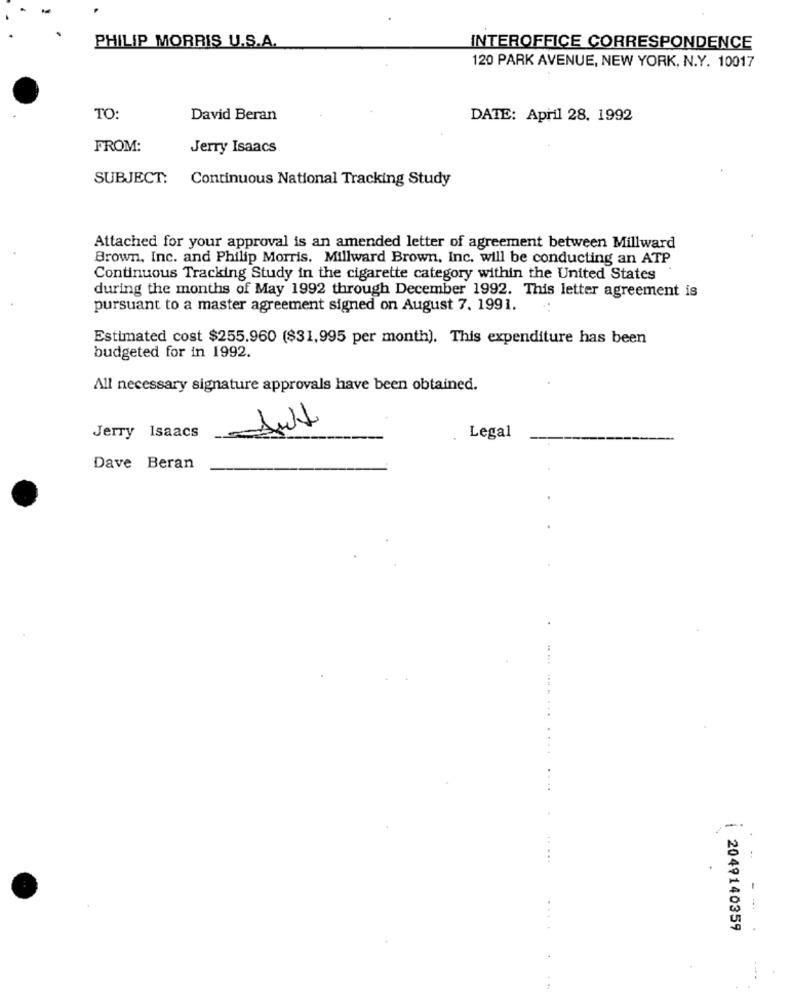
PHILIP MORRIS U.S.A.
INTEROFFICE CORRESPONDENCE
120 PARK AVENUE, NEW YORK, N.Y. 10017
TO:
David Beran
DATE: April 28, 1992
FROM:
Jerry Isaacs
SUBJECT: Continuous National Tracking Study
Attached for your approval is an amended letter of agreement between Millward
Brown, Inc. and Philip Morris. Millward Brown, Inc. will be conducting an ATP
Continuous Tracking Study in the cigarette category within the United States
during the months of May 1992 through December 1992. This letter agreement is
pursuant to a master agreement signed on August 7. 1991.
Estimated cost $255.960 ($31,995 per month). This expenditure has been
budgeted for in 1992.
All necessary signature approvals have been obtained.
Jult
Jerry Isaacs
Legal
Dave Beran
....
-
--
2049140359
...